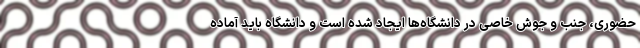
حضوری، جنب و جوش خاصی در دانشگاه‌ها ایجاد شده است و دانشگاه باید آماده